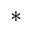
\ast